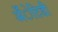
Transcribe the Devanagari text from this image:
अँेटिडी